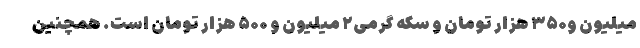
میلیون و۳۵۰ هزار تومان و سکه گرمی۲ میلیون و ۵۰۰ هزار تومان است. همچنین